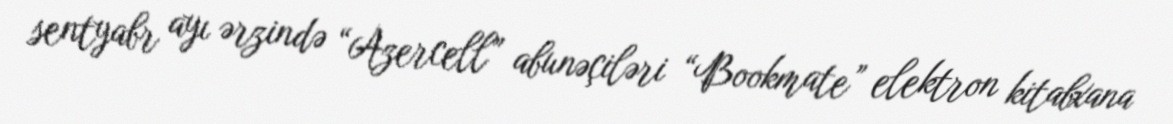
sentyabr ayı ərzində “Azercell” abunəçiləri “Bookmate” elektron kitabxana